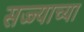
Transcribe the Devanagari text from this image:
सज्ज्याच्या